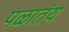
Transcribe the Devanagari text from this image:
पळातंय